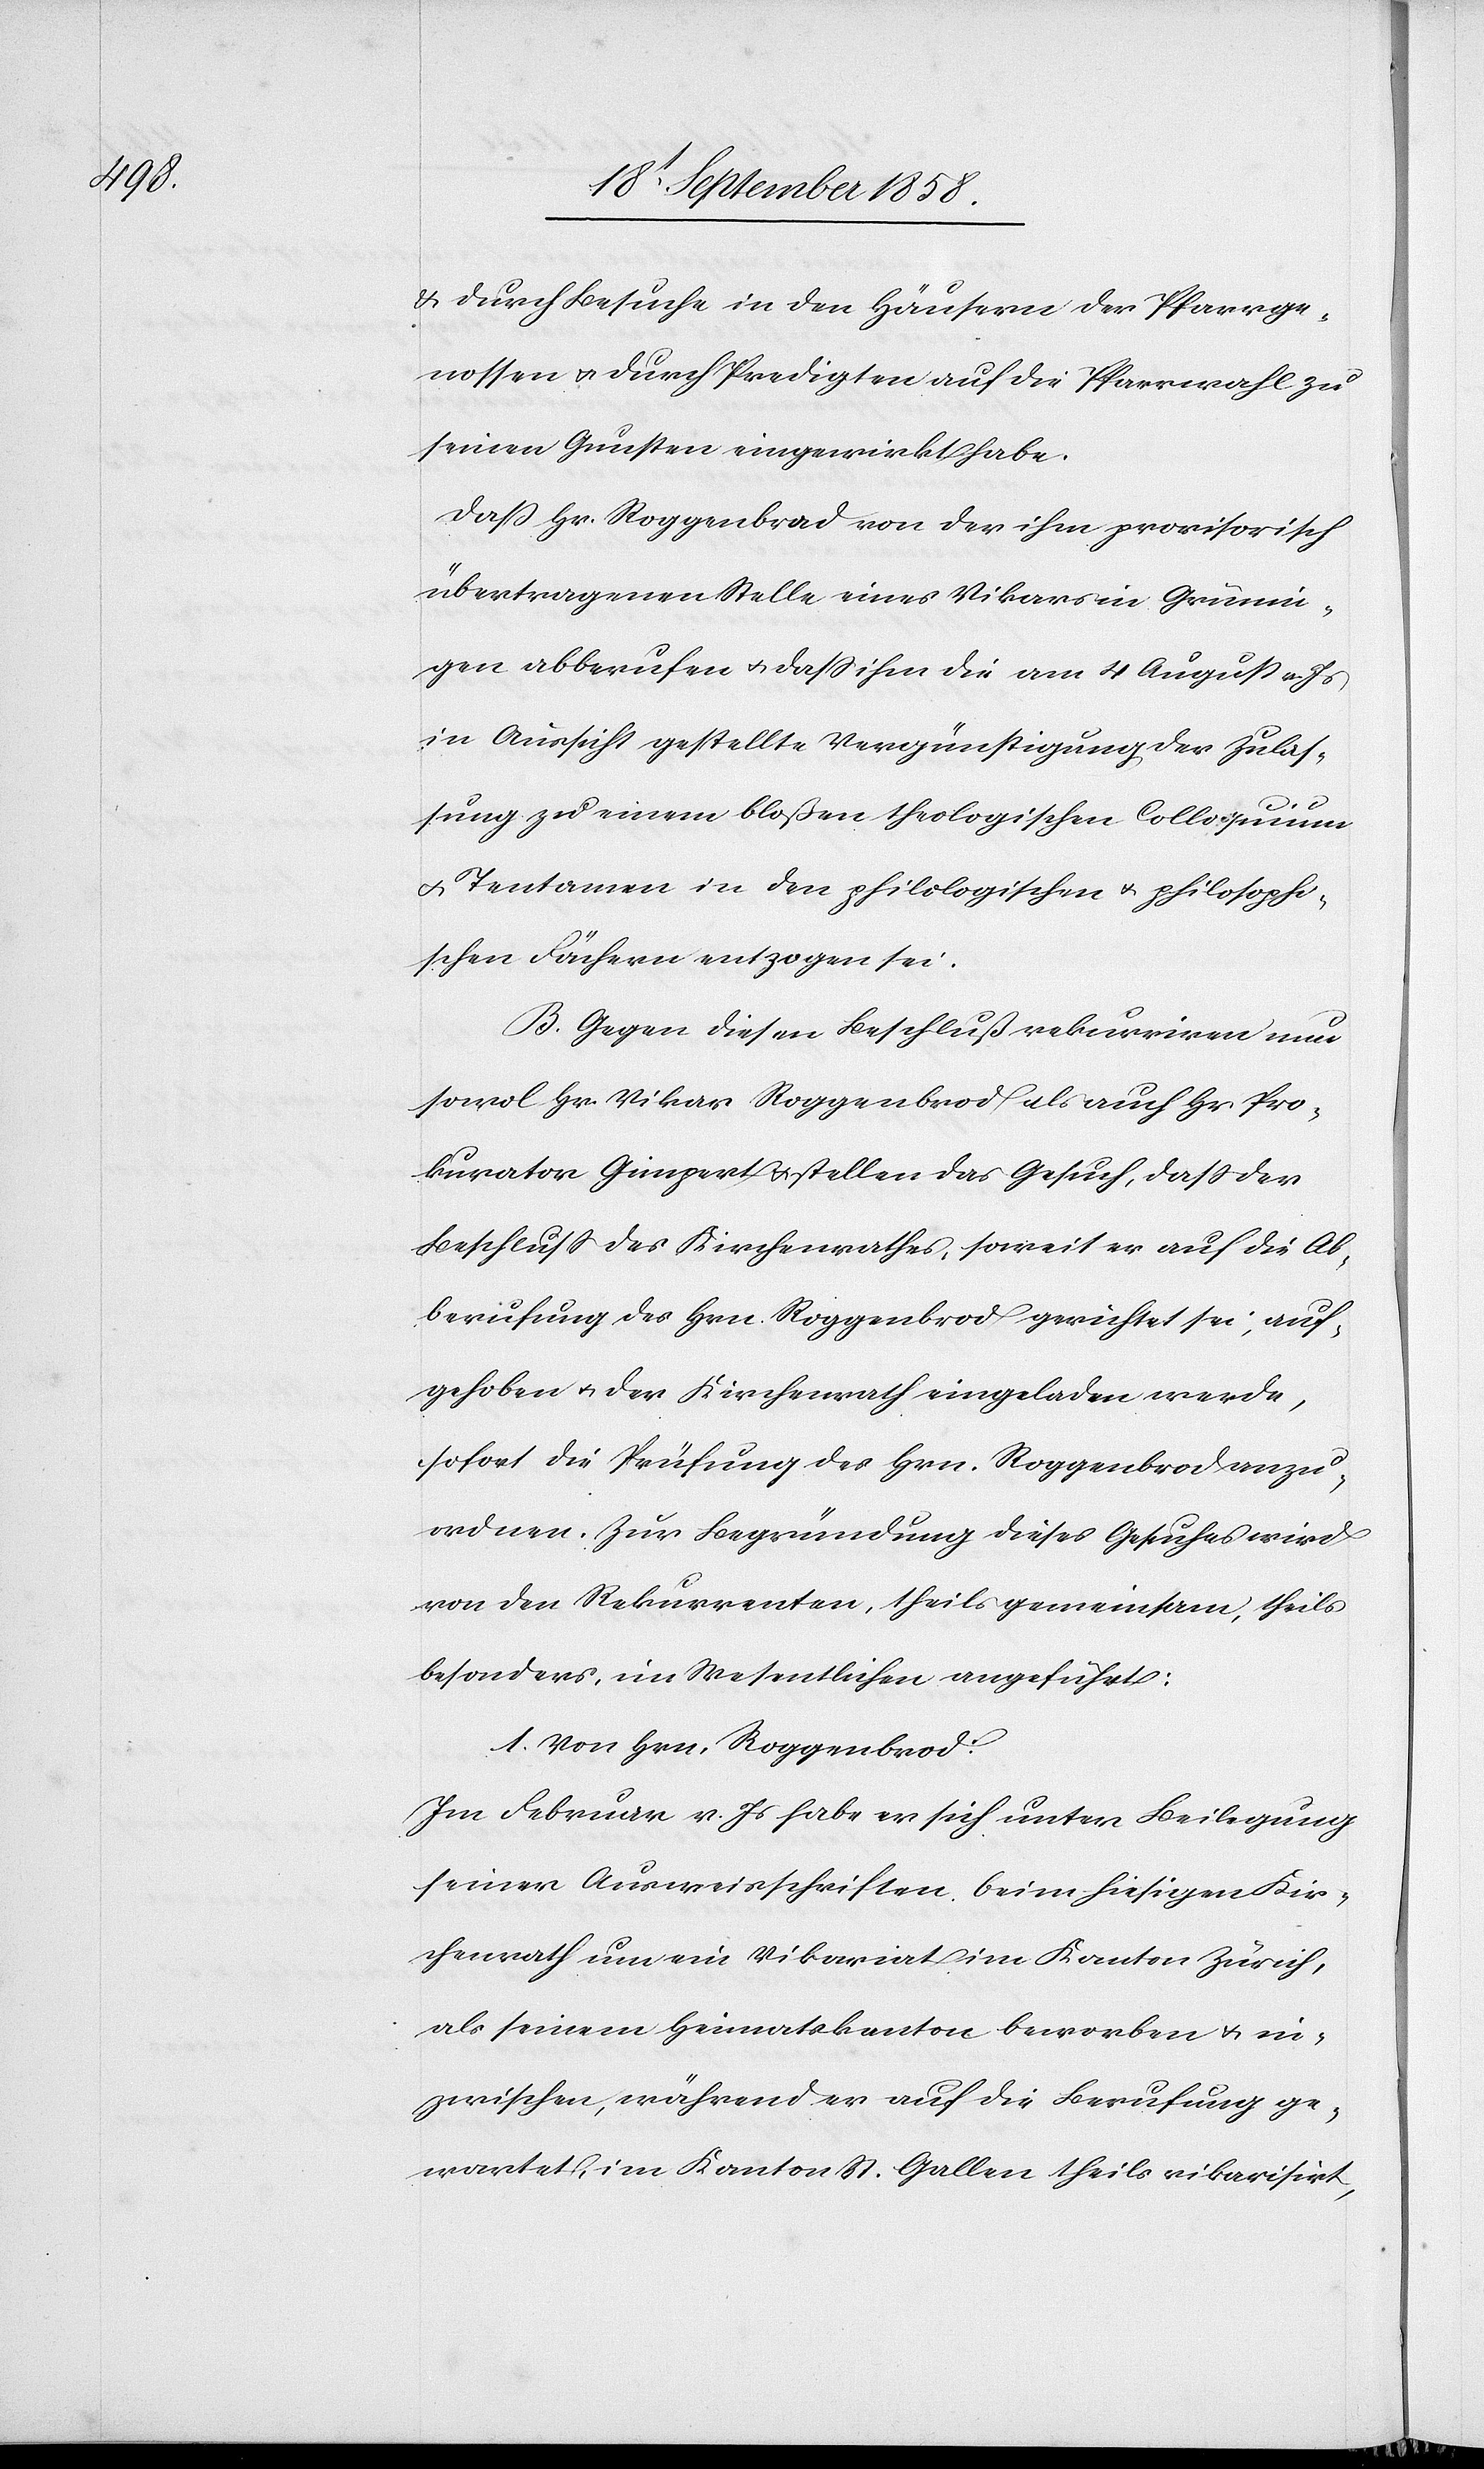
& durch Besuche in den Häusern der Pfarrge¬
nossen & durch Predigten auf die Pfarrwahl zu
seinen Gunsten eingewirkt habe.
daß Hr. Roggenbrod von der ihm provisorisch
übertragenen Stelle eines Vikars in Grünin¬
gen abberufen & dass ihm die am 4 August v. Js
in Aussicht gestellte Vergünstigung der Zulas¬
sung zu einem bloßen theologischen Colloquium
Tentamen in den philologischen & philosophi¬
schen Fächern entzogen sei.
B. Gegen diesen Beschluß rekurriren nun
sowol Hr. Vikar Roggenbrod als auch Hr. Pro¬
kurator Gimpert & stellen das Gesuch, dass der
Beschluss des Kirchenrathes, soweit er auf die Ab¬
berufung des Hrn. Roggenbrod gerichtet sei, auf¬
gehoben & der Kirchenrath eingeladen werde,
sofort die Prüfung des Hrn. Roggenbrod anzu¬
ordnen. Zur Begründung dieses Gesuches wird
von den Rekurrenten, theils gemeinsam, theils
besonders, im Wesentlichen angeführt:
1. Von Hrn. Roggenbrod:
Im Februar v. Js habe er sich unter Beilegung
seiner Ausweisschriften beim hiesigen Kir¬
chenrath um ein Vikariat im Kanton Zürich,
als seinem Heimatskanton beworben & in¬
zwischen, während er auf die Berufung ge¬
wartet, im Kanton St. Gallen theils vikarisirt,